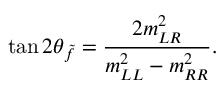
\tan 2 \theta _ { \tilde { f } } = \frac { 2 m _ { L R } ^ { 2 } } { m _ { L L } ^ { 2 } - m _ { R R } ^ { 2 } } .